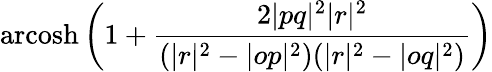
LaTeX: \operatorname{arcosh}\left(1+{\frac{2|pq|^{2}|r|^{2}}{(|r|^{2}-|op|^{2})(|r|^{2}-|oq|^{2})}}\right)